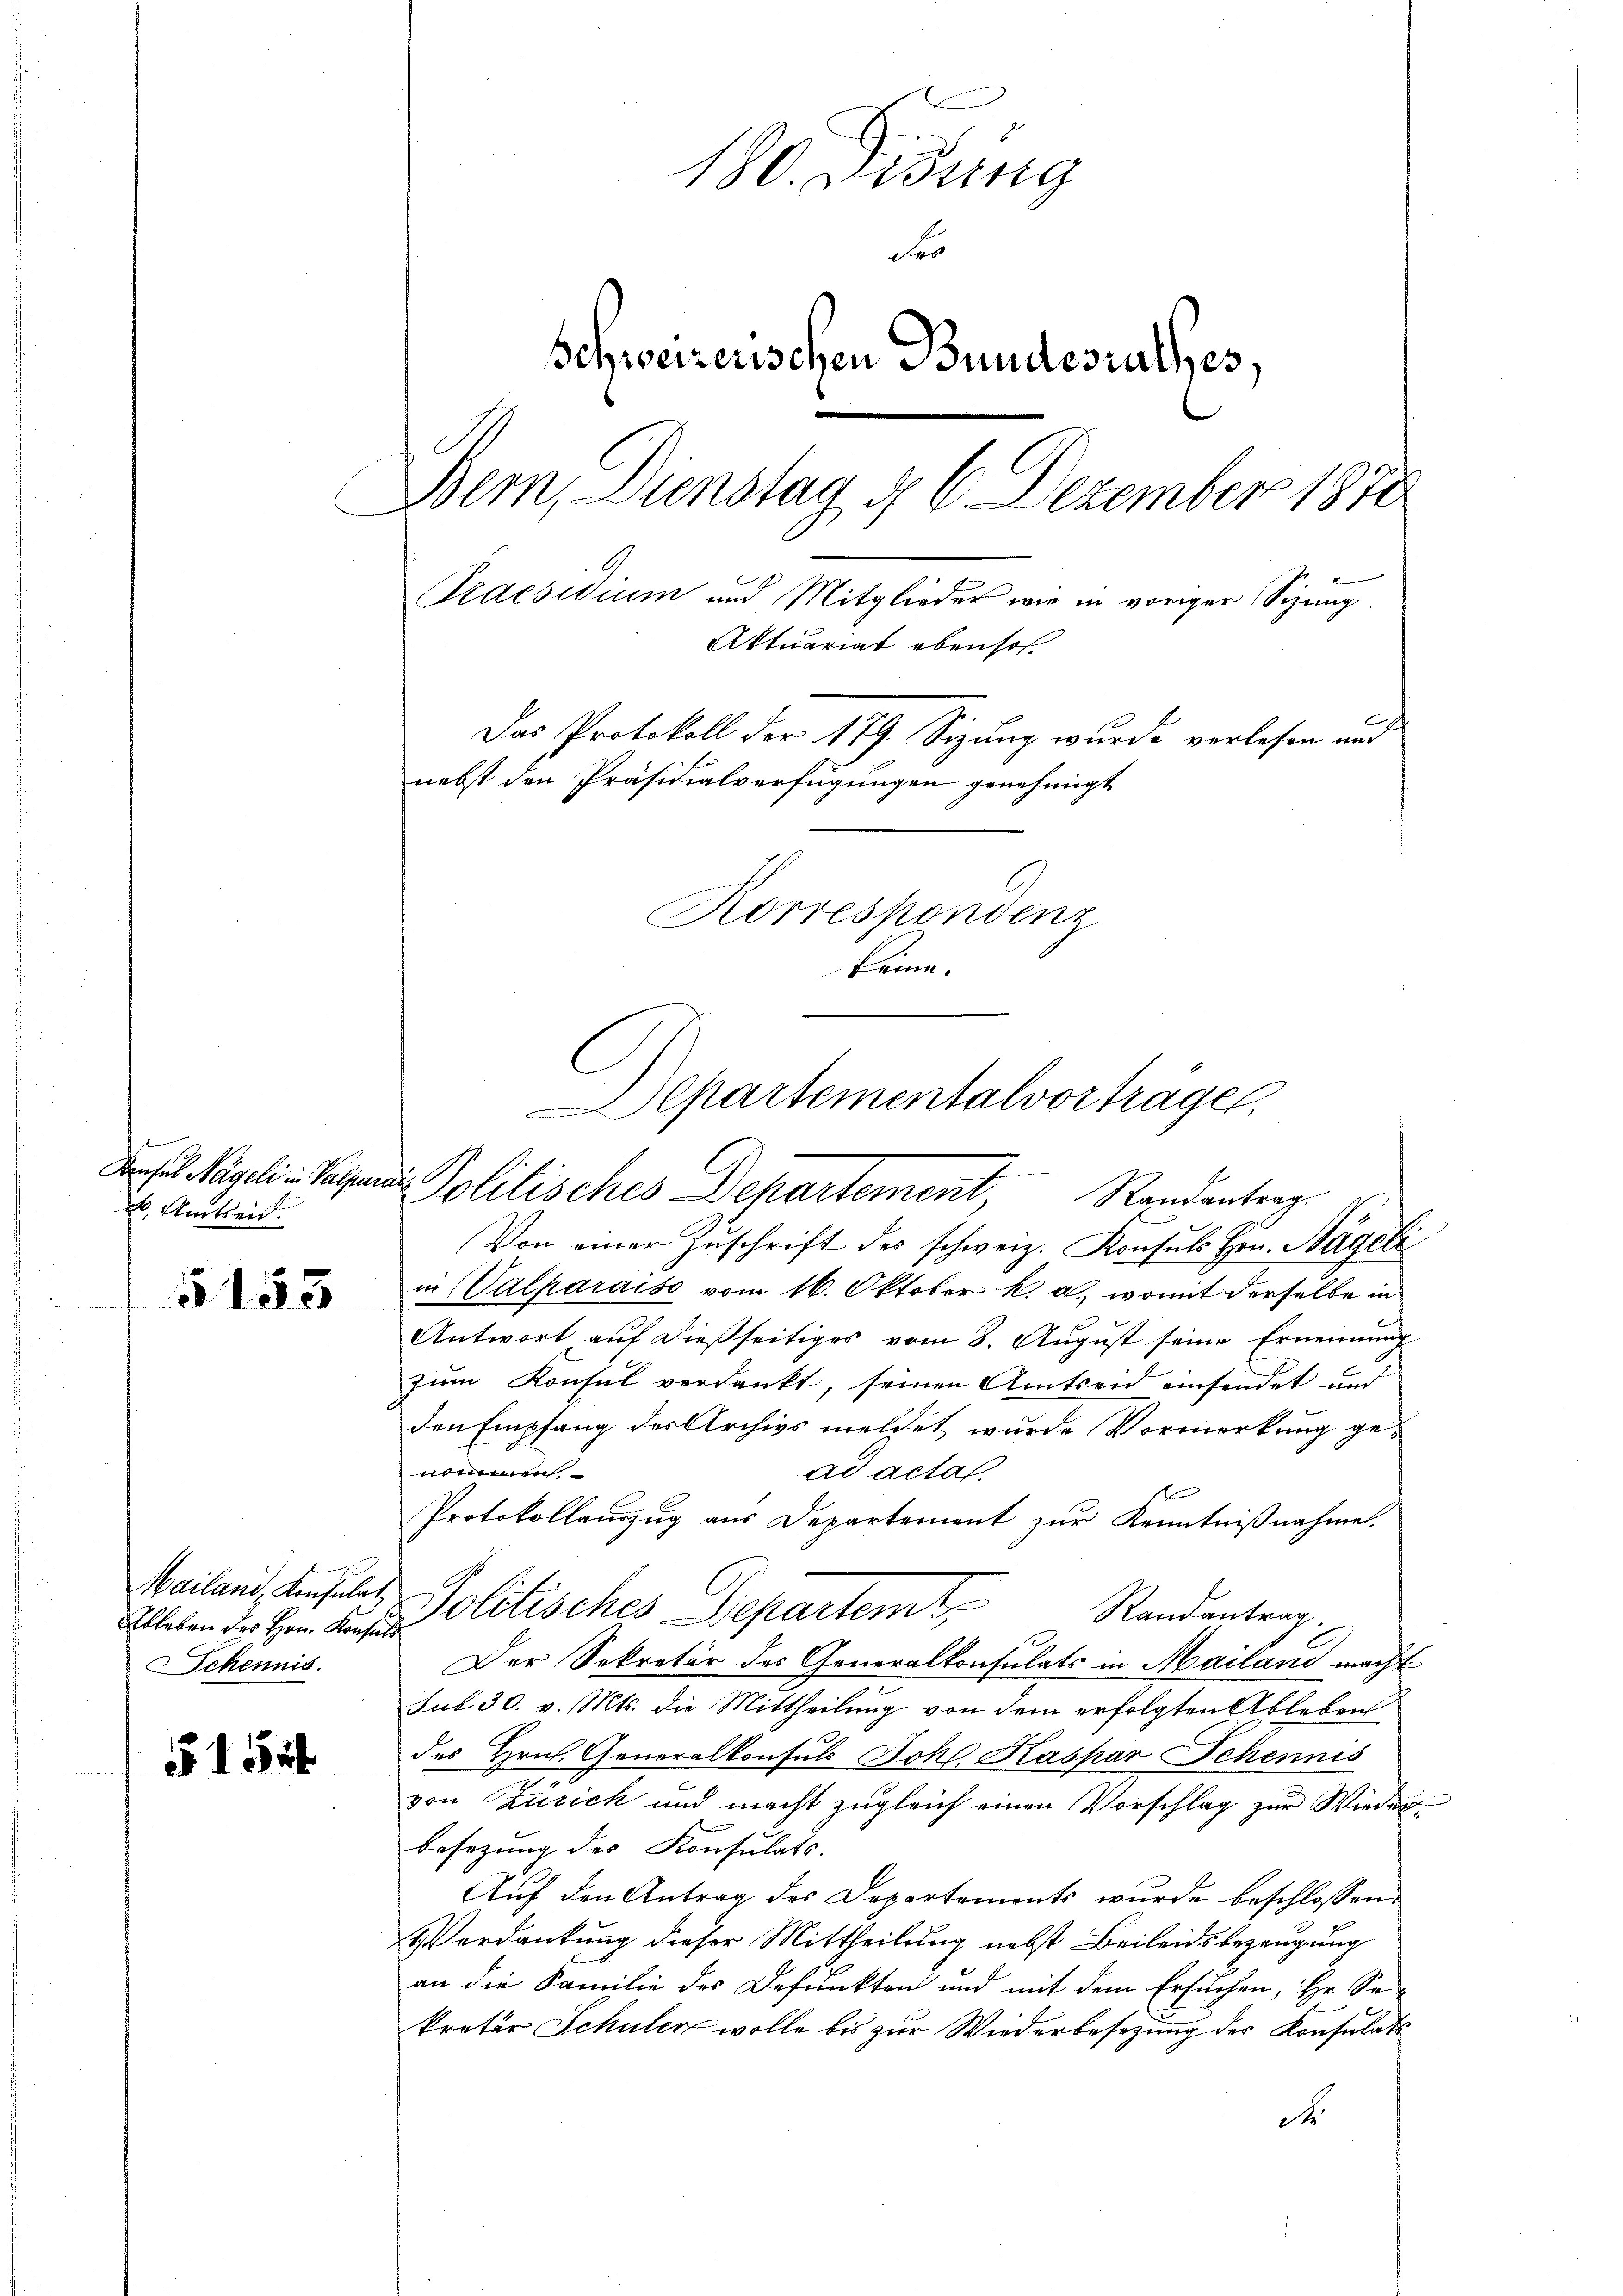
Konsul Nägeli in Palpar
 Amtseid.

§ 153

Mailand, Konsulat,
Ableben des Hrn. Konse
Schennis

§ 1544

180. Kostg
de
Schweizerischen Bundesrathes.
Bem, Dienstag d. 6. Dezember 1872
Praesidium und Mitglieder wir in voriger Sizung.
Aktuariat ebenhof.
Das Protokoll der 179. Sizung wurde verlesen und
nebst den Präsidialverfügungen genehmigt.
Korrespondenz
keine.

Epartementalvorträgen,
u Politisches Departement Randantrag

Von einer Zuschrift des schweiz. Konsuls Hrn. Nägeli
in (Valparaise vom 16. Oktober k. a., womit derselbe in
Antwort auf dießseitiges vom 8. August seine Ernennung
zum Konsul verdankt, seinen Amtsein einsendet und
den Empfang des Archivs meldet, wurde Vormerkung genon
ad acta.
se
Protokollauszug aus Departement zur Kenntnißnahme.
Poldisches Departemt,
Randantrag.
Der Sekretär des Generalkonsulats in Mailand macht
sub 30. v. Mts. die Mittheilung von dem erfolgten Ableben
des Hrn. Generalkonsuls Joh. Kaspar Schennis
von Zürich und macht zugleich einen Vorschlag zur Wiederbesezung des Konsulats.
Auf den Antrag des Departements wurde beschlossen:
Verdankung dieser Mittheilung nebst Beileidsbezeugung
an die Familie des Defunkten und mit dem Ersuchen, Hr. Se-
kreter Schulen wolle bis zur Wiederbesezung des Konsulats
d